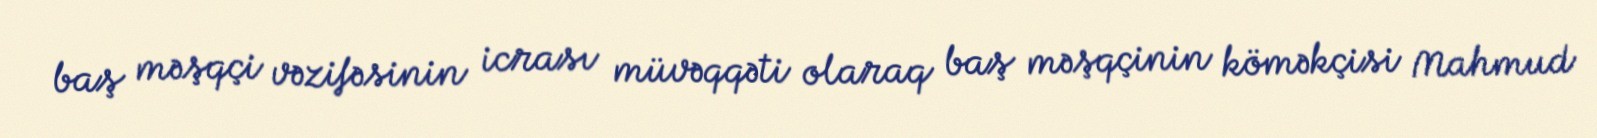
baş məşqçi vəzifəsinin icrası müvəqqəti olaraq baş məşqçinin köməkçisi Mahmud